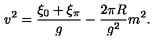
v ^ { 2 } = { \frac { \xi _ { 0 } + \xi _ { \pi } } { g } } - { \frac { 2 \pi R } { g ^ { 2 } } } m ^ { 2 } .